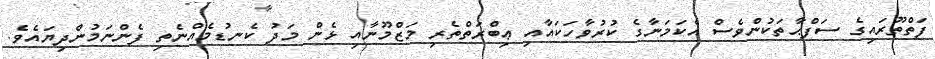
ފަތްތޫރައިގެ ސަފްޙާތަކުންވެސް އެކަމަނާގެ ކުރުވާހަކައާއި ޢިބްރަތްތެރި މަޒްމޫނާއި ޅެން މަދު ކެނޑުމެއްނެތި ފެންނަމުންދިޔައެވެ.